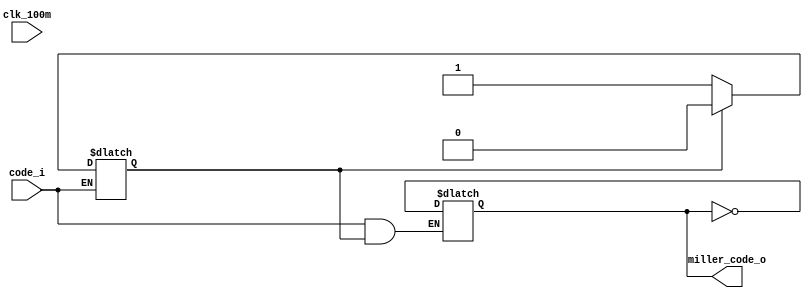
`timescale 1ns / 1ps
//////////////////////////////////////////////////////////////////////////////////
// Company: 
// Engineer: 
// 
// Design Name: 
// Module Name: coder_fm
// Project Name: 
// Target Devices: 
// Tool Versions: 
// Description: 
// 
// Dependencies: 
// 
// Revision:
// Revision 0.01 - File Created
// Additional Comments:
// 
//////////////////////////////////////////////////////////////////////////////////


module coder_fm(
        input            clk_100m,
        input            code_i,
        output    reg    miller_code_o
    );
initial miller_code_o = 1'b1;

reg delay = 1'b0;

    
always@( clk_100m) begin

if( code_i ) begin 
    if(~delay)begin
         miller_code_o <= ~miller_code_o;
         delay         <= 1'b1;
     end
     else begin
         delay         <= 1'b0;
     end
end 
else begin
   miller_code_o <= ~miller_code_o;
end

end

endmodule